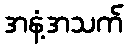
အနံ့အသက်